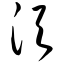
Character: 须